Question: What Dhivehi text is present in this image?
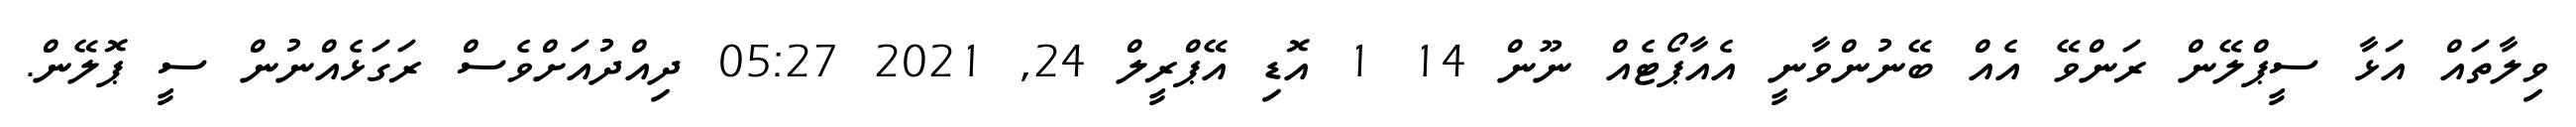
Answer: ވިލާތައް އަޅާ ސީޕްލޭން ރަންވޭ އެއް ބޭނުންވާނީ އެއާޕޯޓެއް ނޫން 14 1 އޮޑި އޭޕްރީލް 24, 2021 05:27 ދިއްދުއަށްވެސް ރަގަޅެއްނުން ސީ ޕޮލޭން.